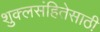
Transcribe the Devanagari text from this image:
शुक्लसंहितेसाठी